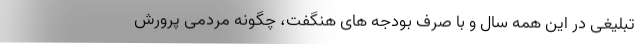
تبلیغی در این همه سال و با صرف بودجه های هنگفت، چگونه مردمی پرورش